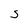
Character: S